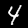
Label: 4